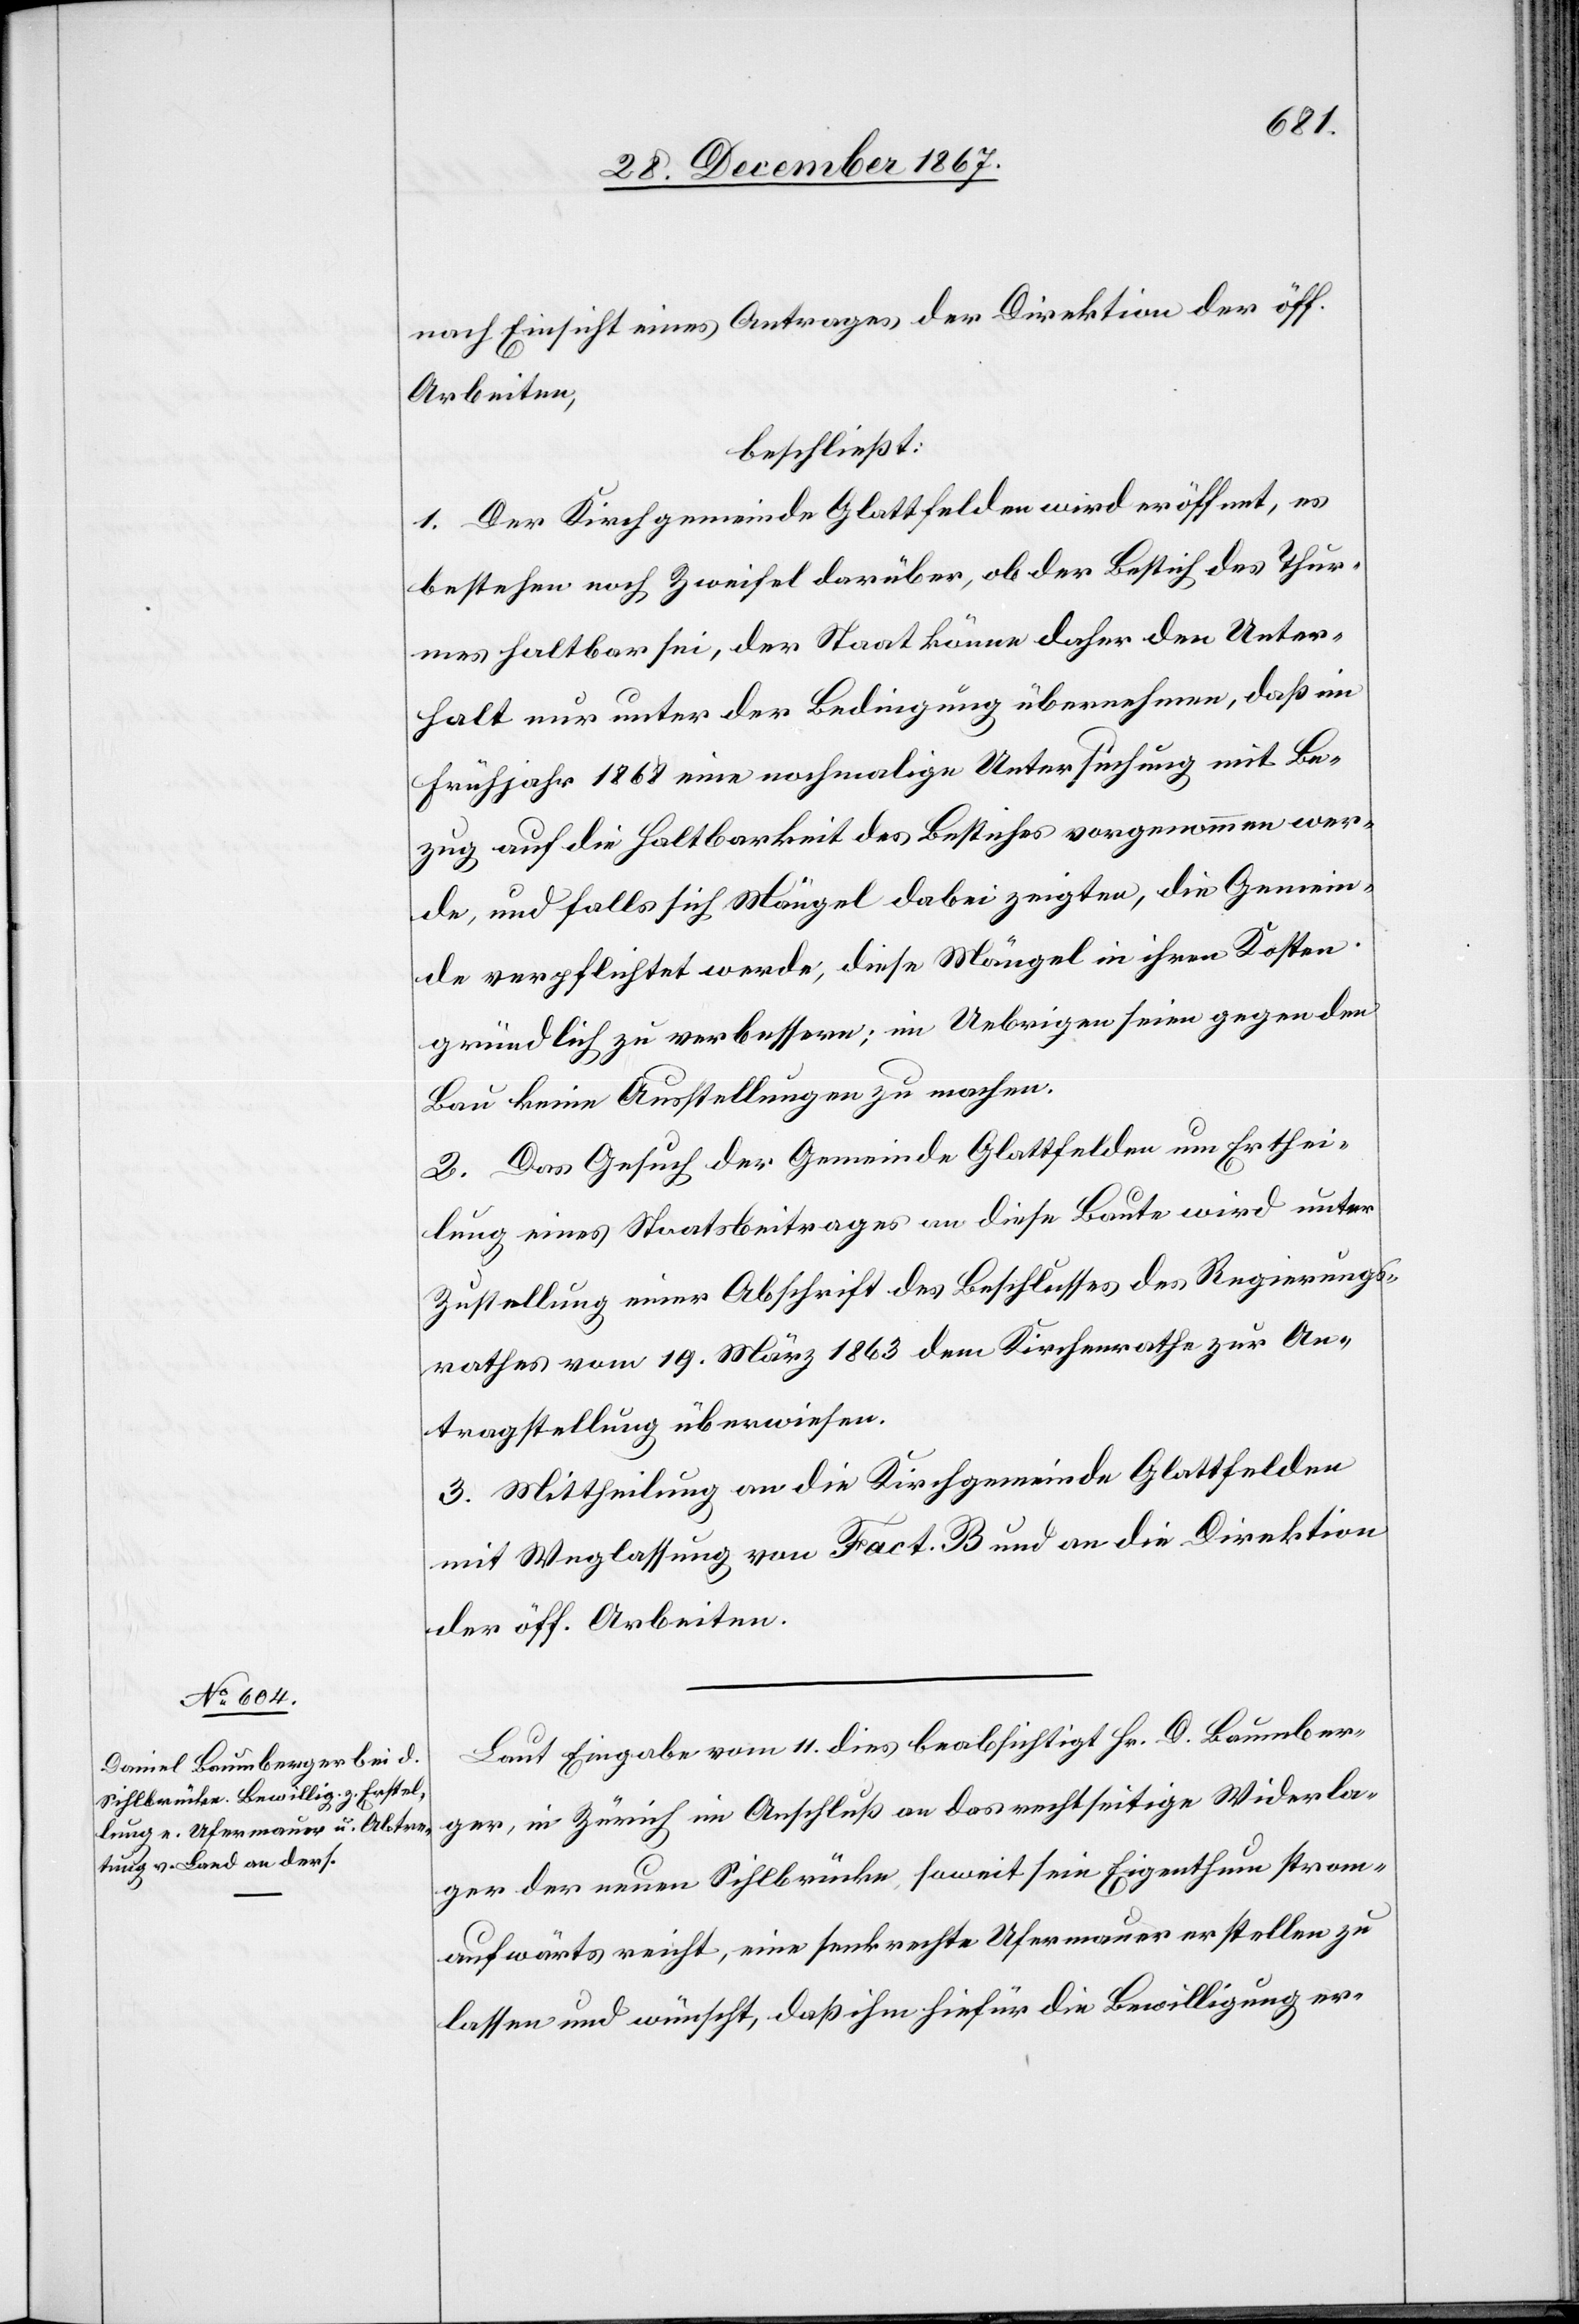
nach Einsicht eines Antrages der Direktion der öff.
Arbeiten,
beschließt:
1. Der Kirchgemeinde Glattfelden wird eröffnet, es
bestehen noch Zweifel darüber, ob der Bestich des Thur¬
mes haltbar sei, der Staat könne daher den Unter¬
halt nur unter der Bedingung übernehmen, daß im
Frühjahr 1868 eine nochmalige Untersuchung mit Be¬
zug auf die Haltbarkeit des Bestiches vorgenommen wer¬
de, und falls sich Mängel dabei zeigten, die Gemein¬
de verpflichtet werde, diese Mängel in ihren Kosten
gründlich zu verbessern; im Uebrigen seien gegen den
Bau keine Ausstellung zu machen.
2. Das Gesuch der Gemeinde Glattfelden um Erthei¬
lung eines Staatsbeitrages an diese Baute wird unter
Zustellung einer Abschrift des Beschlusses des Regierungs¬
rathes vom 19. März 1863 dem Kirchenrathe zur An¬
tragstellung überwiesen.
3. Mittheilung an die Kirchgemeinde Glattfelden
mit Weglassung von Fact. B und an die Direktion
der öff. Arbeiten.
Laut Eingabe vom 11. dies beabsichtigt Hr. D. Baumber¬
ger, in Zürich im Anschluß an das rechtseitige Widerla¬
ger der neuen Sihlbrücke, soweit sein Eigenthum strom¬
aufwärts reicht, eine senkrechte Ufermauer erstellen zu
lassen und wünscht, daß ihm hiefür die Bewilligung er-